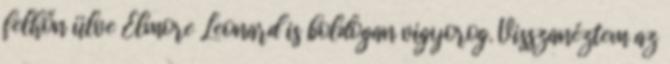
felhőn ülve Elmore Leonard is boldogan vigyorog. Visszanéztem az